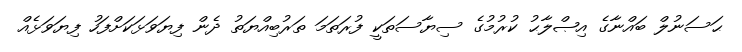
ޙަސަނުލް ބައްނާގެ އިޞްލާޙު ކުރުމުގެ ސިޔާސަތަކީ ފުރަތަމަ ތަރުބިއްޔަތު ދެން ފިޔަވަޅަކަށްފަހު ފިޔަވަޅެއް